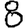
Digit: 8